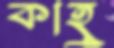
কাহু